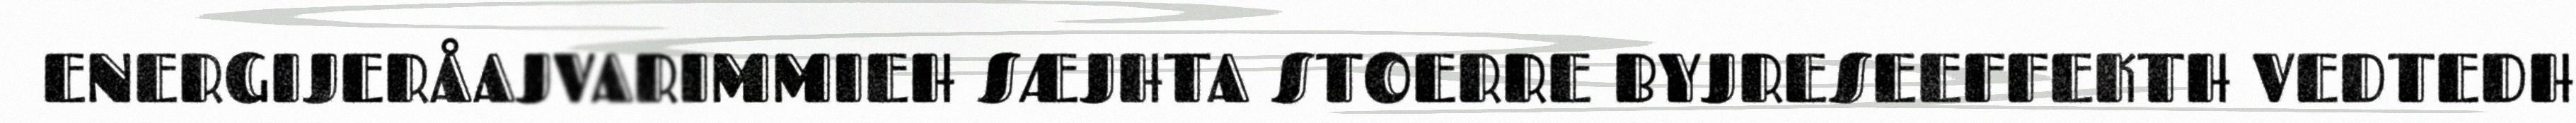
ENERGIJERÅAJVARIMMIEH SÆJHTA STOERRE BYJRESEEFFEKTH VEDTEDH